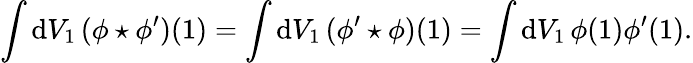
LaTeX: \int\mathrm{d}V_{1}\, (\phi\star\phi^{\prime})(1)=\int\mathrm{d}V_{1}\, (\phi^{\prime}\star\phi)(1)=\int\mathrm{d}V_{1}\, \phi(1)\phi^{\prime}(1).